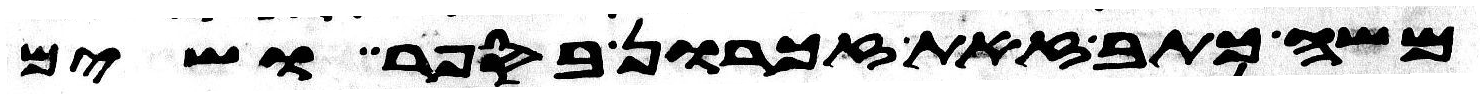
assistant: משה כתב זאת זכרון בספר ושים